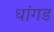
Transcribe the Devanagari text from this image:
धांगड